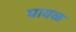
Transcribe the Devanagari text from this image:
घायळ